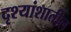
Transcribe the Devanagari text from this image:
दृश्यांशातील